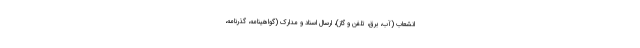
انشعاب (آب، برق، تلفن و گاز)، ارسال اسناد و مدارک (گواهینامه، گذرنامه،